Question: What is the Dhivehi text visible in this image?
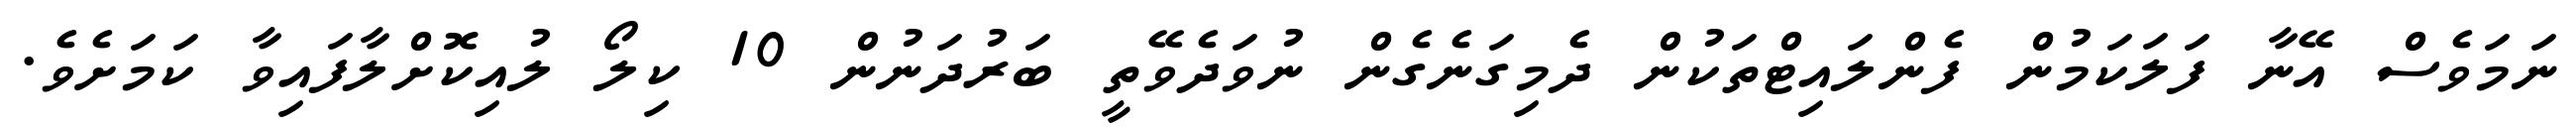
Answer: ނަމަވެސް އޭނާ ފަލަކަމުން ފެންލައިޓްތަކުން ދެމިގަނެގެން ނުވަދެވޭތީ ބަރުދަނުން 10 ކިލޯ ލުއިކޮށްލާފައިވާ ކަމަށެވެ.